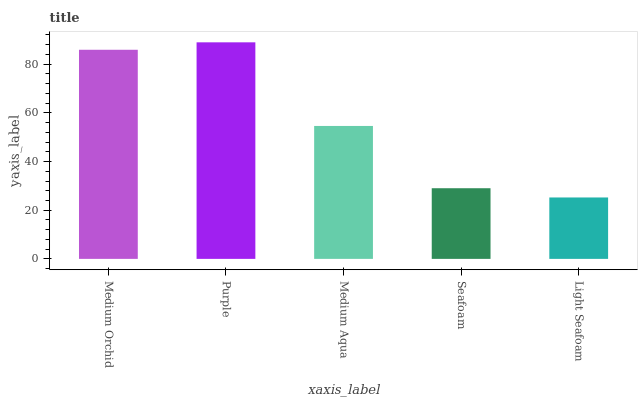
| xaxis_label | bars |
 | --- | --- |
 | Medium Orchid | 85.9 |
 | Purple | 89 |
 | Medium Aqua | 54.6 |
 | Seafoam | 29 |
 | Light Seafoam | 25.2 |